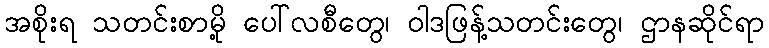
အစိုးရ သတင်းစာမို့ ပေါ်လစီတွေ၊ ဝါဒဖြန့်သတင်းတွေ၊ ဌာနဆိုင်ရာ